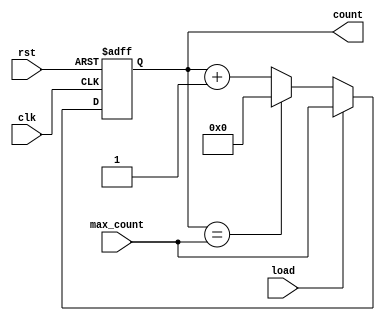
module binary_counter(
    input clk,
    input rst,
    input load,
    input [3:0] max_count,
    output reg [3:0] count
);

// Sequential logic blocks
always @(posedge clk or posedge rst)
begin
    if(rst)
        count <= 4'b0000;
    else if(load)
        count <= max_count;
    else if(count == max_count)
        count <= 4'b0000;
    else
        count <= count + 4'b0001;
end

endmodule